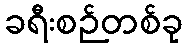
ခရီးစဉ်တစ်ခု